Report on sanitation, dispensaries, and jails in Rajputana for 1912, and on vaccination for the year 1912-1913 - 1912-1913
Year: 1912
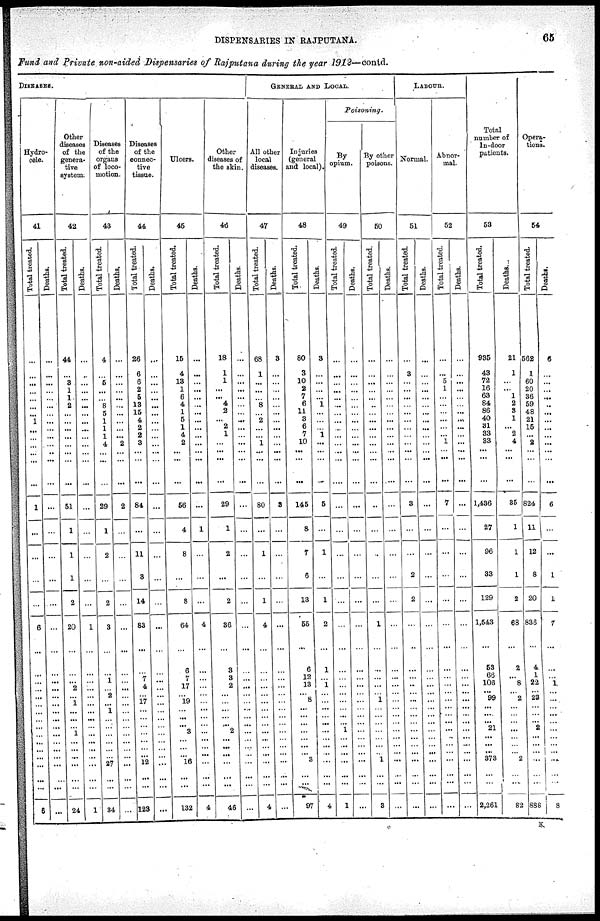
DISPENSARIES IN RAJPUTANA.
65
Fund and Private non-aided Dispensaries of Rajputana during the year 1912—conld.
DISEASES.
Hydro-
cele.
41
Total treated.
...
...
...
...
...
...
...
1
...
...
...
...
..
...
1
...
...
...
...
6
...
...
...
...
...
..
...
... ...
...
...
...
...
...
...
6
Deaths.
...
...
...
...
...
...
...
...
...
...
...
...
...
...
...
...
...
...
...
...
...
...
...
...
...
...
...
... ...
...
...
...
...
...
...
...
Other
diseases
of the
genera-
tive
system.
42
Total treated.
44
...
3
1
1
2
...
...
...
...
...
...
...
...
51
1
1
1
2
20
...
...
2
...
1
...
...
1 ...
...
...
...
...
...
...
24
Deaths.
...
...
...
...
...
...
...
...
...
...
...
...
...
...
...
...
...
...
...
1
...
...
...
...
...
...
...
... ...
...
...
...
...
...
...
1
Diseases
of the
organs
of loco-
motion.
43
Total treated.
4
...
5
...
...
8
5
1
1
1
4
...
...
...
29
1
2
...
2
3
...
1
...
2
...
1
...
...
...
...
...
...
27
...
...
34
Deaths.
...
...
...
...
...
...
...
...
...
...
2
...
...
...
2
...
...
...
...
...
...
...
...
...
...
...
...
...
...
...
...
...
...
...
...
...
Diseases
of the
connec-
tive
tissue.
44
Total treated.
26
6
6
2
5
13
15
4
2
2
3
...
...
...
84
...
11
3
14
83
...
7
4
... 17
...
...
...
...
...
...
...
12
...
...
123
Deaths.
...
...
...
...
...
...
...
...
...
...
...
...
...
...
...
...
...
...
...
...
...
...
...
...
...
...
...
...
...
...
...
...
...
...
...
...
Ulcers.
45
Total treated.
15
4
13
1
6
4
1
5
1
4
2
...
...
...
56
4
8
...
8
64
6
7
17
...
19
...
...
3
...
...
...
...
16
...
...
132
Deaths.
...
...
...
...
...
...
...
...
...
...
...
...
...
...
...
1
...
...
...
4
...
...
...
...
...
...
...
... ...
...
...
...
...
...
...
4
Other
diseases of
the skin.
46
Total treated.
18
1
1
...
...
4
2
... 2
1
...
...
...
...
29
1
2
...
2
36
3
3
2
...
...
...
...
2
...
...
...
...
...
...
...
46
Deaths.
...
...
...
...
...
...
...
...
...
...
...
...
...
...
...
...
...
...
...
...
...
...
...
...
...
...
...
... ...
...
...
...
...
...
...
...
GENERAL AND LOCAL.
All other
local
diseases.
47
Total treated.
68
1
...
...
...
8
...
2
...
...
1
...
...
...
80
...
1
...
1
4
...
...
...
...
...
...
...
... ...
...
...
...
...
...
...
4
Deaths.
3
...
...
...
...
...
...
...
...
...
...
...
...
...
8
...
...
...
...
...
...
...
...
...
...
...
...
...
...
...
...
...
...
...
...
...
Injuries
(general
and local).
48
Total treated.
80
3
10
2
7
6
11
3
6
7
10
...
...
...
145
8
7
6
13
55
6
12
13
... 8
...
...
... ...
...
...
...
...
...
...
97
Deaths.
3
...
...
...
...
1
...
...
...
1
...
...
...
...
5
...
1
...
1
2
1
...
1
...
...
...
...
...
...
...
...
...
...
...
...
4
Poisoning.
By
opium.
49
Total treated.
...
...
...
...
...
...
...
...
...
...
...
...
...
...
...
...
...
...
...
...
...
...
...
...
...
...
...
1
...
...
...
...
...
...
...
1
Deaths.
...
...
...
...
...
...
...
...
...
...
...
...
...
...
...
...
...
...
...
...
...
...
...
...
...
...
...
...
...
...
...
...
...
...
...
...
By other
poisons.
50
Total treated.
...
...
...
...
...
...
...
...
...
...
...
...
...
...
...
...
...
...
...
1
...
...
...
...
1
...
...
...
...
...
...
...
1
...
...
3
Deaths.
...
...
...
...
...
...
...
...
...
...
...
...
...
...
...
...
...
...
...
...
...
...
...
...
...
...
...
... ...
...
...
...
...
...
...
...
LABOUR.
Normal.
51
Total treated.
...
3
...
...
...
...
...
...
...
...
...
...
...
...
3
...
...
2
2
...
...
...
..
...
...
...
...
... ...
...
...
...
...
...
...
...
Deaths.
...
...
...
...
...
...
...
...
...
...
...
...
...
...
...
...
...
...
...
...
...
...
...
...
...
...
...
...
...
...
...
...
...
...
...
...
Abnor-
mal.
52
Total treated.
...
...
5
1
...
...
...
...
...
...
1
...
...
...
7
...
...
...
...
...
...
...
...
...
...
...
...
... ...
...
...
...
...
...
...
...
Deaths.
...
...
...
...
...
...
...
...
...
...
...
...
...
...
...
...
...
...
...
...
...
...
...
...
...
...
...
...
...
...
...
...
...
...
...
...
Total
number of
In-door
patients.
53
Total treated.
935
43
72
16
63
84
86
40
31
33
33
...
...
...
1,486
27
96
33
129
1,543
53
66
106
...
99
...
...
21
...
...
...
...
373
...
...
2,261
Deaths.
21
1
...
...
1
2
3
1
...
2
4
...
...
...
35
1
1
1
2
68
2
...
8
... 2
...
...
... ...
...
...
...
2
...
....
82
Opera-
tions.
54
Total treated.
562
1
60
20
36
59
48
21
15
...
2 2
...
...
624
11
12
8
20
836
4
1
22
...
23
...
...
2
...
...
...
...
...
...
...
888
Deaths.
6
...
...
...
...
...
...
...
...
...
...
...
...
...
6
...
...
1
1
7
...
...
1
...
...
...
...
...
...
...
...
...
...
...
...
8
K